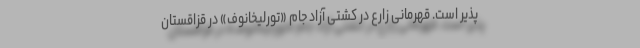
پذیر است. قهرمانی زارع در کشتی آزاد جام «تورلیخانوف» در قزاقستان